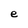
Character: e